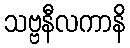
သဗ္ဗနီလကာနိ